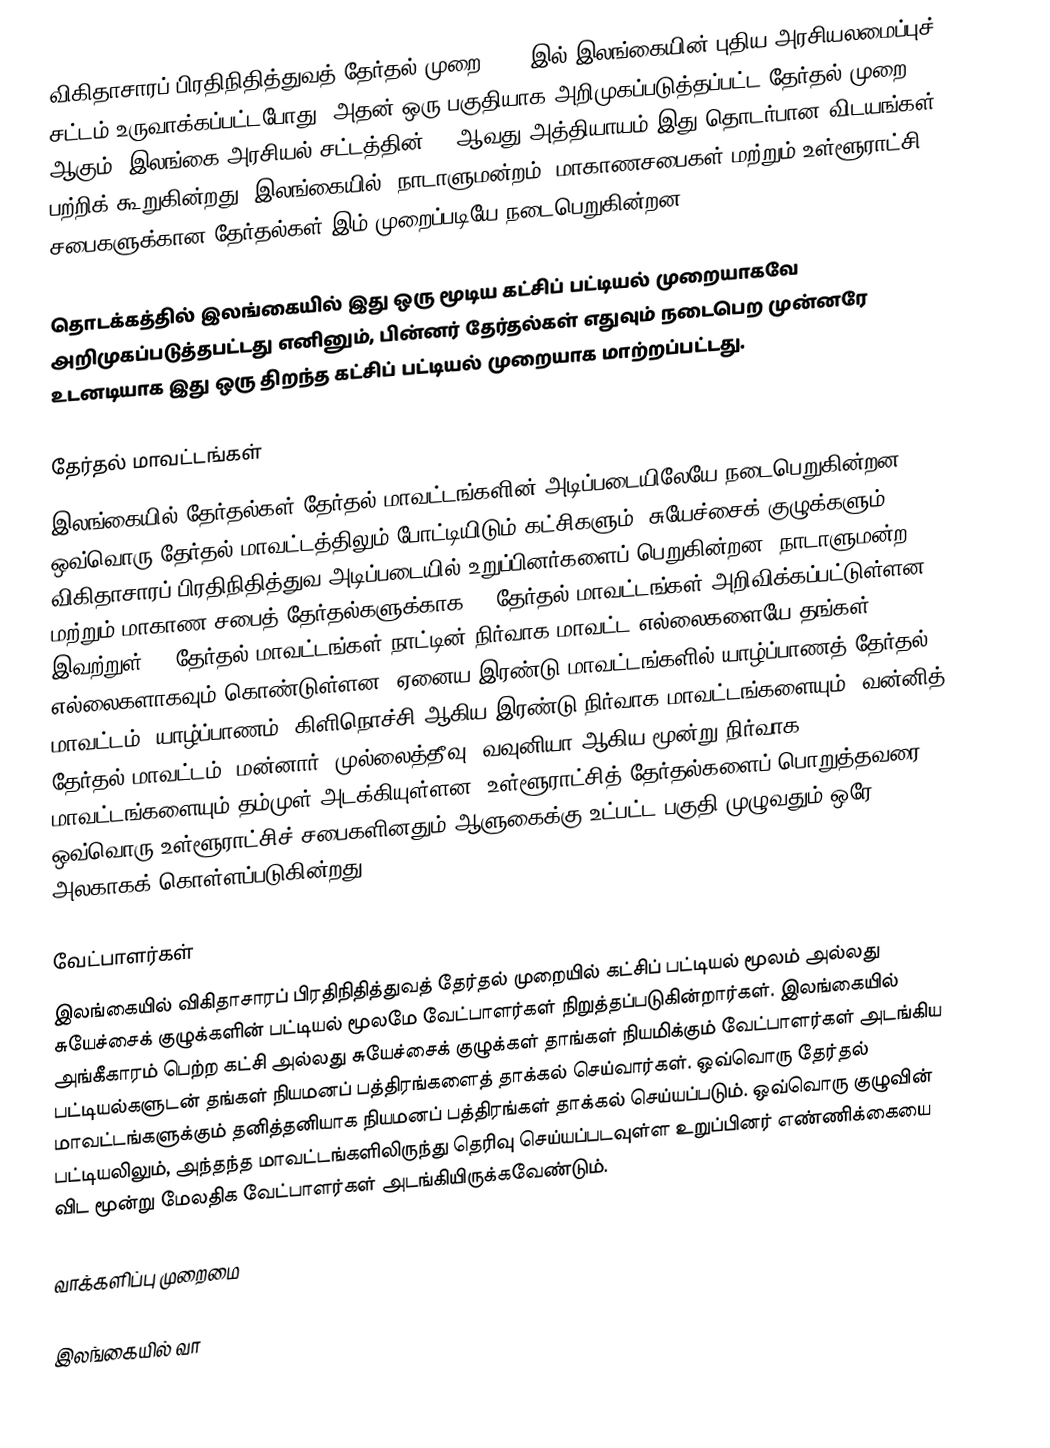
விகிதாசாரப் பிரதிநிதித்துவத் தேர்தல் முறை 1978 இல் இலங்கையின் புதிய அரசியலமைப்புச் சட்டம் உருவாக்கப்பட்டபோது, அதன் ஒரு பகுதியாக அறிமுகப்படுத்தப்பட்ட தேர்தல் முறை ஆகும். இலங்கை அரசியல் சட்டத்தின் 14 ஆவது அத்தியாயம் இது தொடர்பான விடயங்கள் பற்றிக் கூறுகின்றது. இலங்கையில், நாடாளுமன்றம், மாகாணசபைகள் மற்றும் உள்ளூராட்சி சபைகளுக்கான தேர்தல்கள் இம் முறைப்படியே நடைபெறுகின்றன.

தொடக்கத்தில் இலங்கையில் இது ஒரு மூடிய கட்சிப் பட்டியல் முறையாகவே அறிமுகப்படுத்தபட்டது எனினும், பின்னர் தேர்தல்கள் எதுவும் நடைபெற முன்னரே உடனடியாக இது ஒரு திறந்த கட்சிப் பட்டியல் முறையாக மாற்றப்பட்டது.

தேர்தல் மாவட்டங்கள்
இலங்கையில் தேர்தல்கள் தேர்தல் மாவட்டங்களின் அடிப்படையிலேயே நடைபெறுகின்றன. ஒவ்வொரு தேர்தல் மாவட்டத்திலும் போட்டியிடும் கட்சிகளும், சுயேச்சைக் குழுக்களும் விகிதாசாரப் பிரதிநிதித்துவ அடிப்படையில் உறுப்பினர்களைப் பெறுகின்றன. நாடாளுமன்ற மற்றும் மாகாண சபைத் தேர்தல்களுக்காக 22 தேர்தல் மாவட்டங்கள் அறிவிக்கப்பட்டுள்ளன. இவற்றுள் 20 தேர்தல் மாவட்டங்கள் நாட்டின் நிர்வாக மாவட்ட எல்லைகளையே தங்கள் எல்லைகளாகவும் கொண்டுள்ளன. ஏனைய இரண்டு மாவட்டங்களில் யாழ்ப்பாணத் தேர்தல் மாவட்டம், யாழ்ப்பாணம், கிளிநொச்சி ஆகிய இரண்டு நிர்வாக மாவட்டங்களையும், வன்னித் தேர்தல் மாவட்டம், மன்னார், முல்லைத்தீவு, வவுனியா ஆகிய மூன்று நிர்வாக மாவட்டங்களையும் தம்முள் அடக்கியுள்ளன. உள்ளூராட்சித் தேர்தல்களைப் பொறுத்தவரை, ஒவ்வொரு உள்ளூராட்சிச் சபைகளினதும் ஆளுகைக்கு உட்பட்ட பகுதி முழுவதும் ஒரே அலகாகக் கொள்ளப்படுகின்றது.

வேட்பாளர்கள்
இலங்கையில் விகிதாசாரப் பிரதிநிதித்துவத் தேர்தல் முறையில் கட்சிப் பட்டியல் மூலம் அல்லது சுயேச்சைக் குழுக்களின் பட்டியல் மூலமே வேட்பாளர்கள் நிறுத்தப்படுகின்றார்கள். இலங்கையில் அங்கீகாரம் பெற்ற கட்சி அல்லது சுயேச்சைக் குழுக்கள் தாங்கள் நியமிக்கும் வேட்பாளர்கள் அடங்கிய பட்டியல்களுடன் தங்கள் நியமனப் பத்திரங்களைத் தாக்கல் செய்வார்கள். ஒவ்வொரு தேர்தல் மாவட்டங்களுக்கும் தனித்தனியாக நியமனப் பத்திரங்கள் தாக்கல் செய்யப்படும். ஒவ்வொரு குழுவின் பட்டியலிலும், அந்தந்த மாவட்டங்களிலிருந்து தெரிவு செய்யப்படவுள்ள உறுப்பினர் எண்ணிக்கையை விட மூன்று மேலதிக வேட்பாளர்கள் அடங்கியிருக்கவேண்டும்.

வாக்களிப்பு முறைமை

இலங்கையில் வா